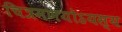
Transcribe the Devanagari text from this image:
चित्रमणयोऽयस्य